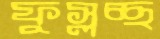
ফুস্‌লচ্ছ